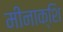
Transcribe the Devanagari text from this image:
मीनाक्शि